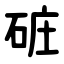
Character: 䂯